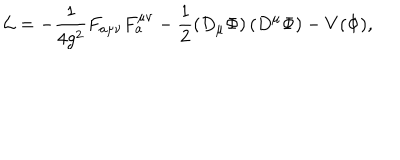
{ \cal L } = - \frac { 1 } { 4 g ^ { 2 } } F _ { a \mu \nu } F _ { a } ^ { \mu \nu } - \frac { 1 } { 2 } \left( D _ { \mu } \Phi \right) \left( D ^ { \mu } \Phi \right) - V ( \Phi ) ,